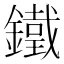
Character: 鐵